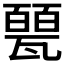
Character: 𱰐